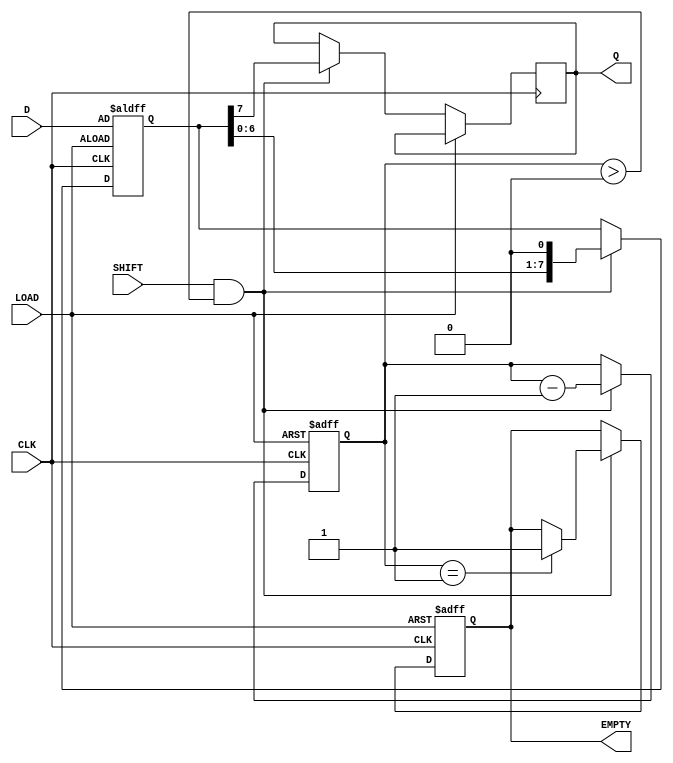
module PISO_Register #(
    parameter WIDTH = 8  // Define the width of the parallel input
)(
    input wire [WIDTH-1:0] D,    // Parallel data input
    input wire CLK,               // Clock signal
    input wire LOAD,              // Load control signal
    input wire SHIFT,             // Shift control signal
    output reg Q,                 // Serial data output
    output reg EMPTY              // Status signal indicating if the register is empty
);
    
    reg [WIDTH-1:0] shift_reg;    // Shift register to hold the parallel data
    reg [3:0] count;               // Counter to track the number of bits shifted out

    // Asynchronous reset (optional)
    always @(posedge CLK or posedge LOAD) begin
        if (LOAD) begin
            shift_reg <= D;        // Load data into shift register
            count <= WIDTH;        // Set count to the number of bits
            EMPTY <= 1'b0;         // Register is not empty
        end else if (SHIFT && count > 0) begin
            Q <= shift_reg[WIDTH-1]; // Output the MSB of the shift register
            shift_reg <= {shift_reg[WIDTH-2:0], 1'b0}; // Shift left
            count <= count - 1;    // Decrement the count
            if (count == 1) begin
                EMPTY <= 1'b1;      // Set EMPTY flag when done shifting
            end
        end
    end

    // Initialize outputs
    initial begin
        Q = 1'b0;
        EMPTY = 1'b1;
        count = 0;
        shift_reg = 0;
    end

endmodule